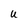
Character: U